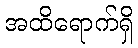
အထိရောက်ရှိ